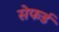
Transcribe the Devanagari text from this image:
सेफर्ड